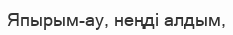
Япырым-ау, неңді алдым,